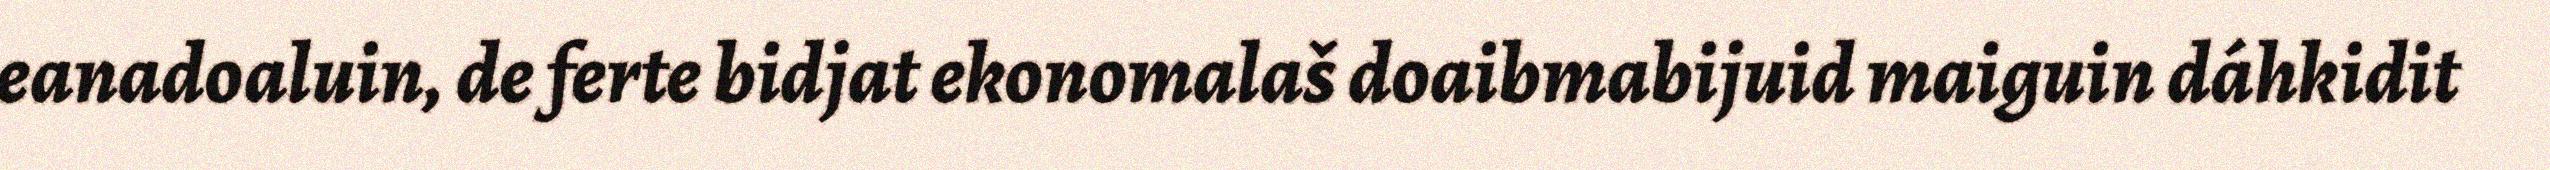
eanadoaluin, de ferte bidjat ekonomalaš doaibmabijuid maiguin dáhkidit